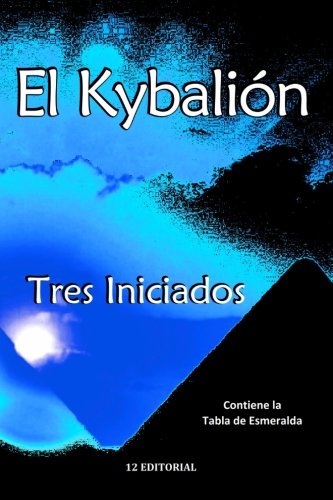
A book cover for El Kybalion (Spanish Edition); Tres Iniciados; Religion & Spirituality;